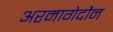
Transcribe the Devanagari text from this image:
अरमागेदौन